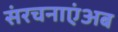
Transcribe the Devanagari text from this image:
संरचनाएंअब